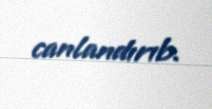
canlandırıb.